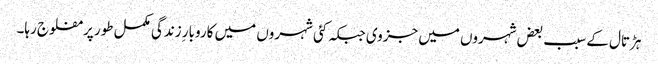
ہڑتال کے سبب بعض شہروں میں جزوی جبکہ کئی شہروں میں کاروبار ِزندگی مکمل طور پر مفلوج رہا۔